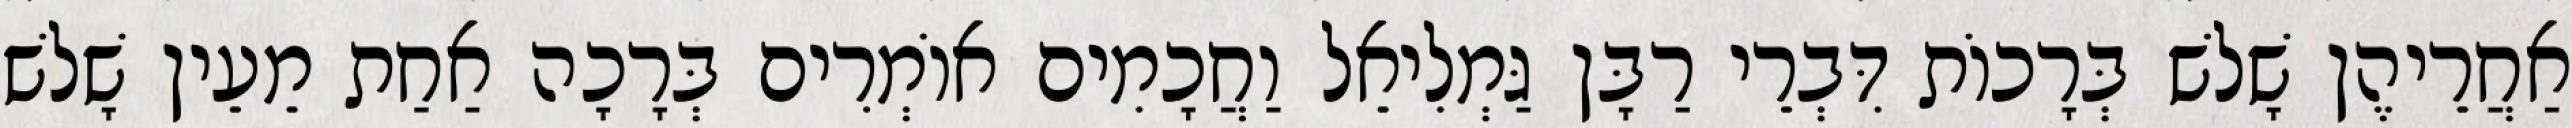
אַחֲרֵיהֶן שָׁלשׁ בְּרָכוֹת דִּבְרֵי רַבָּן גַּמְלִיאֵל וַחֲכָמִים אוֹמְרִים בְּרָכָה אַחַת מֵעֵין שָׁלשׁ